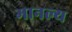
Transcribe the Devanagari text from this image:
मानल्य